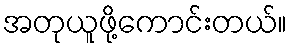
အတုယူဖို့ကောင်းတယ်။